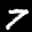
Label: 7